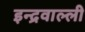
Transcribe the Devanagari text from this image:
इन्द्रवाल्ली